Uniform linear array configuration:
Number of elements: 16
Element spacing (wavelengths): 1
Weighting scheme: uniform
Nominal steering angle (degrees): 15
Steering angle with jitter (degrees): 15.39
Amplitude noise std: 0.05
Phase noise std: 0.05

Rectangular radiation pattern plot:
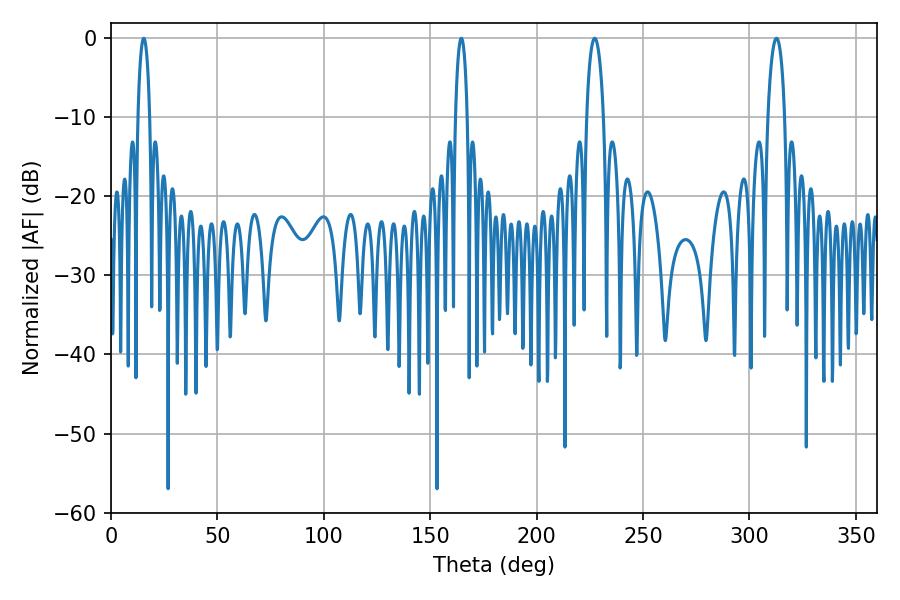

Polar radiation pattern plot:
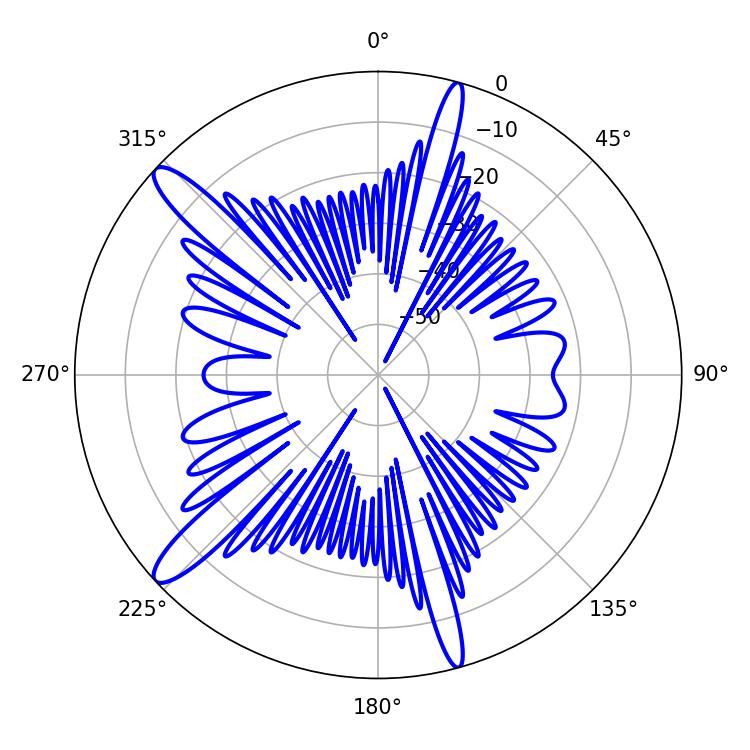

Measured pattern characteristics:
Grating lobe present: TRUE
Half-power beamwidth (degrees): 4.5
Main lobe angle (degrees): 312.66